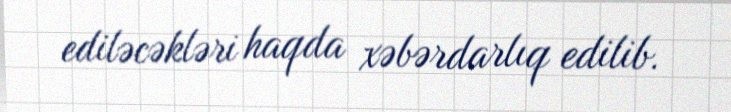
ediləcəkləri haqda xəbərdarlıq edilib.